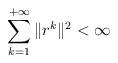
LaTeX: \begin{align*}\sum\limits_{k=1}^{+\infty}\|r^{k}\|^2<\infty\end{align*}